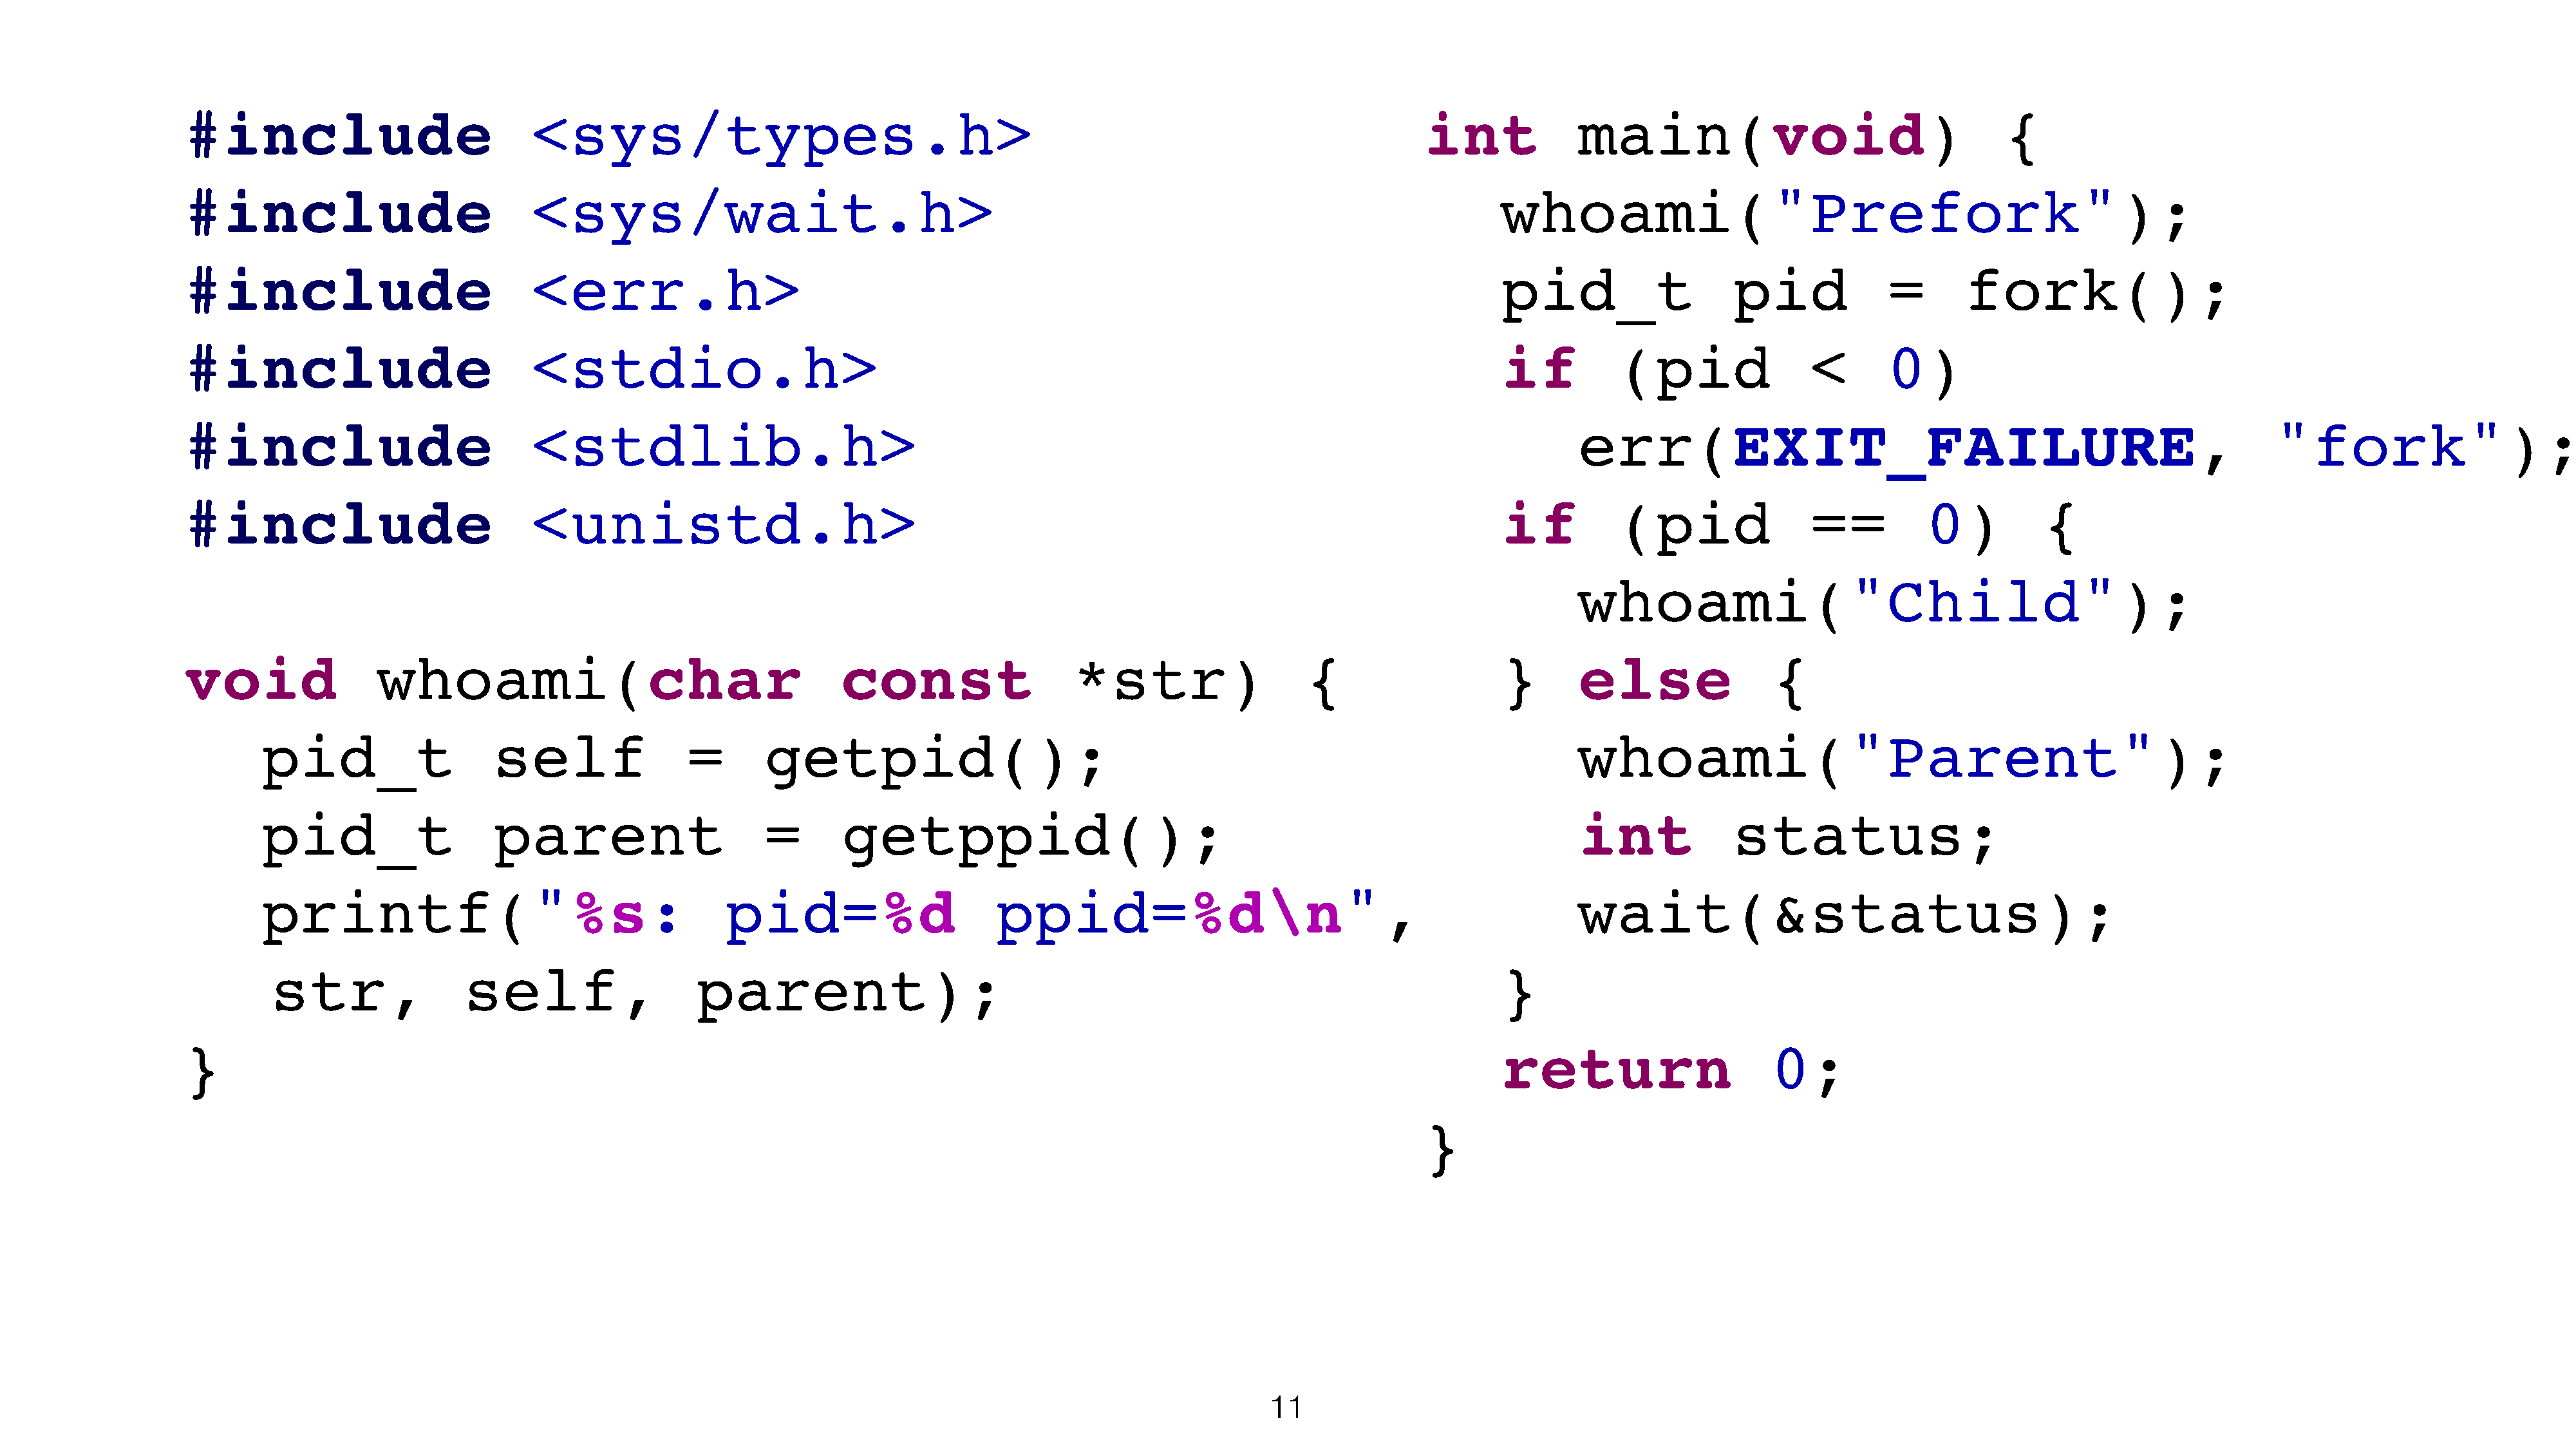
#include                            <sys/types.h>                                                                              int             main(void)                                  {
 #include                            <sys/wait.h>                                                                                       whoami("Prefork");
 #include                            <err.h>                                                                                            pid_t                   pid             =       fork();
 #include                            <stdio.h>                                                                                          if          (pid                <       0)
 #include                            <stdlib.h>                                                                                                 err(EXIT_FAILURE,                                                       "fork");
 #include                            <unistd.h>                                                                                         if          (pid                ==          0)          {
 whoami("Child");
 void                whoami(char                                    const                   *str)                   {                   }       else                {
 pid_t                   self                =      getpid();                                                                           whoami("Parent");
 pid_t                   parent                     =       getppid();                                                                  int             status;
 printf("%s:                                     pid=%d                     ppid=%d\n",                                                 wait(&status);
 str,                self,                   parent);                                                                          }
 }                                                                                                                                      return                      0;
 }
 11